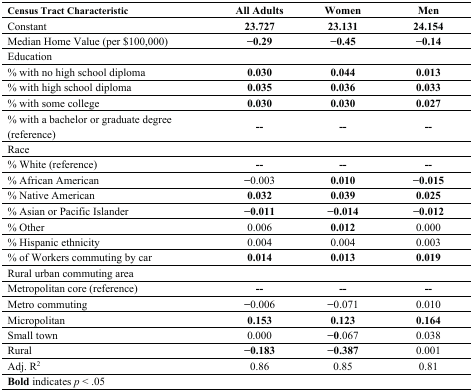
<table><thead><tr><td><b>Census Tract Characteristic</b></td><td><b>All Adults</b></td><td><b>Women</b></td><td><b>Men</b></td></tr></thead><tbody><tr><td>Constant</td><td><b>23.727</b></td><td><b>23.131</b></td><td><b>24.154</b></td></tr><tr><td>Median Home Value (per $100,000)</td><td><b>−0.29</b></td><td><b>−0.45</b></td><td><b>−0.14</b></td></tr><tr><td>Education</td><td></td><td></td><td></td></tr><tr><td>% with no high school diploma</td><td><b>0.030</b></td><td><b>0.044</b></td><td><b>0.013</b></td></tr><tr><td>% with high school diploma</td><td><b>0.035</b></td><td><b>0.036</b></td><td><b>0.033</b></td></tr><tr><td>% with some college</td><td><b>0.030</b></td><td><b>0.030</b></td><td><b>0.027</b></td></tr><tr><td>% with a bachelor or graduate degree (reference)</td><td><b>--</b></td><td><b>--</b></td><td><b>--</b></td></tr><tr><td>Race</td><td></td><td></td><td></td></tr><tr><td>% White (reference)</td><td><b>--</b></td><td><b>--</b></td><td><b>--</b></td></tr><tr><td>% African American</td><td><b>−</b>0.003</td><td><b>0.010</b></td><td><b>−0.015</b></td></tr><tr><td>% Native American</td><td><b>0.032</b></td><td><b>0.039</b></td><td><b>0.025</b></td></tr><tr><td>% Asian or Pacific Islander</td><td><b>−0.011</b></td><td><b>−0.014</b></td><td><b>−0.012</b></td></tr><tr><td>% Other </td><td>0.006</td><td><b>0.012</b></td><td>0.000</td></tr><tr><td>% Hispanic ethnicity</td><td>0.004</td><td>0.004</td><td>0.003</td></tr><tr><td>% of Workers commuting by car</td><td><b>0.014</b></td><td><b>0.013</b></td><td><b>0.019</b></td></tr><tr><td>Rural urban commuting area</td><td></td><td></td><td></td></tr><tr><td>Metropolitan core (reference)</td><td><b>--</b></td><td><b>--</b></td><td><b>--</b></td></tr><tr><td>Metro commuting </td><td><b>−</b>0.006</td><td><b>−</b>0.071</td><td>0.010</td></tr><tr><td>Micropolitan </td><td><b>0.153</b></td><td><b>0.123</b></td><td><b>0.164</b></td></tr><tr><td>Small town</td><td>0.000</td><td><b>−0</b>.067</td><td>0.038</td></tr><tr><td>Rural </td><td><b>−0.183</b></td><td><b>−0.387</b></td><td>0.001</td></tr><tr><td>Adj. R<sup>2</sup></td><td>0.86</td><td>0.85</td><td>0.81</td></tr><tr><td><b>Bold</b> indicates <i>p</i> &lt; .05</td><td></td><td></td><td></td></tr></tbody></table>